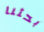
بحثنا